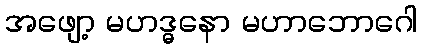
အဖျော့ မဟဒ္ဓနော မဟာဘောဂေါ